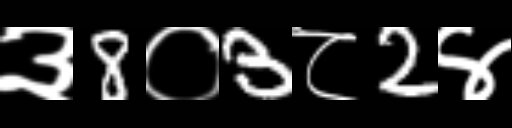
Text: ३8०3८2४